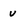
Character: u